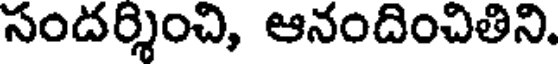
సందర్శించి, ఆనందించితిని.